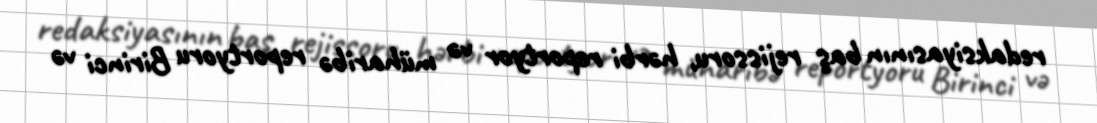
redaksiyasının baş rejissoru, hərbi reportyor və müharibə reportyoru Birinci və